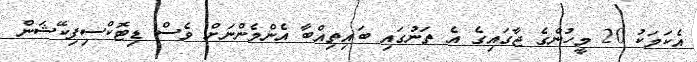
އެކަމަކު 20 މީހުންގެ ޖާގައިގެ އެ ތަނުގައި ބައިތިއްބާ އެންމެންނަށް ވެސް ޑިޓޮކްސިފިކޭޝަން